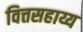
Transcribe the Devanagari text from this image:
वित्तसहाय्य